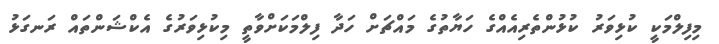
މިފިލްމަކީ ކުޅިވަރު ކުޅުންތެރިއެއްގެ ހަޔާތުގެ މައްޗަށް ހަދާ ފިލްމަކަށްވާތީ މިކުޅިވަރުގެ އެކްޝަންތައް ރަނގަޅު